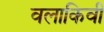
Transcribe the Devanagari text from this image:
वलाकिवी